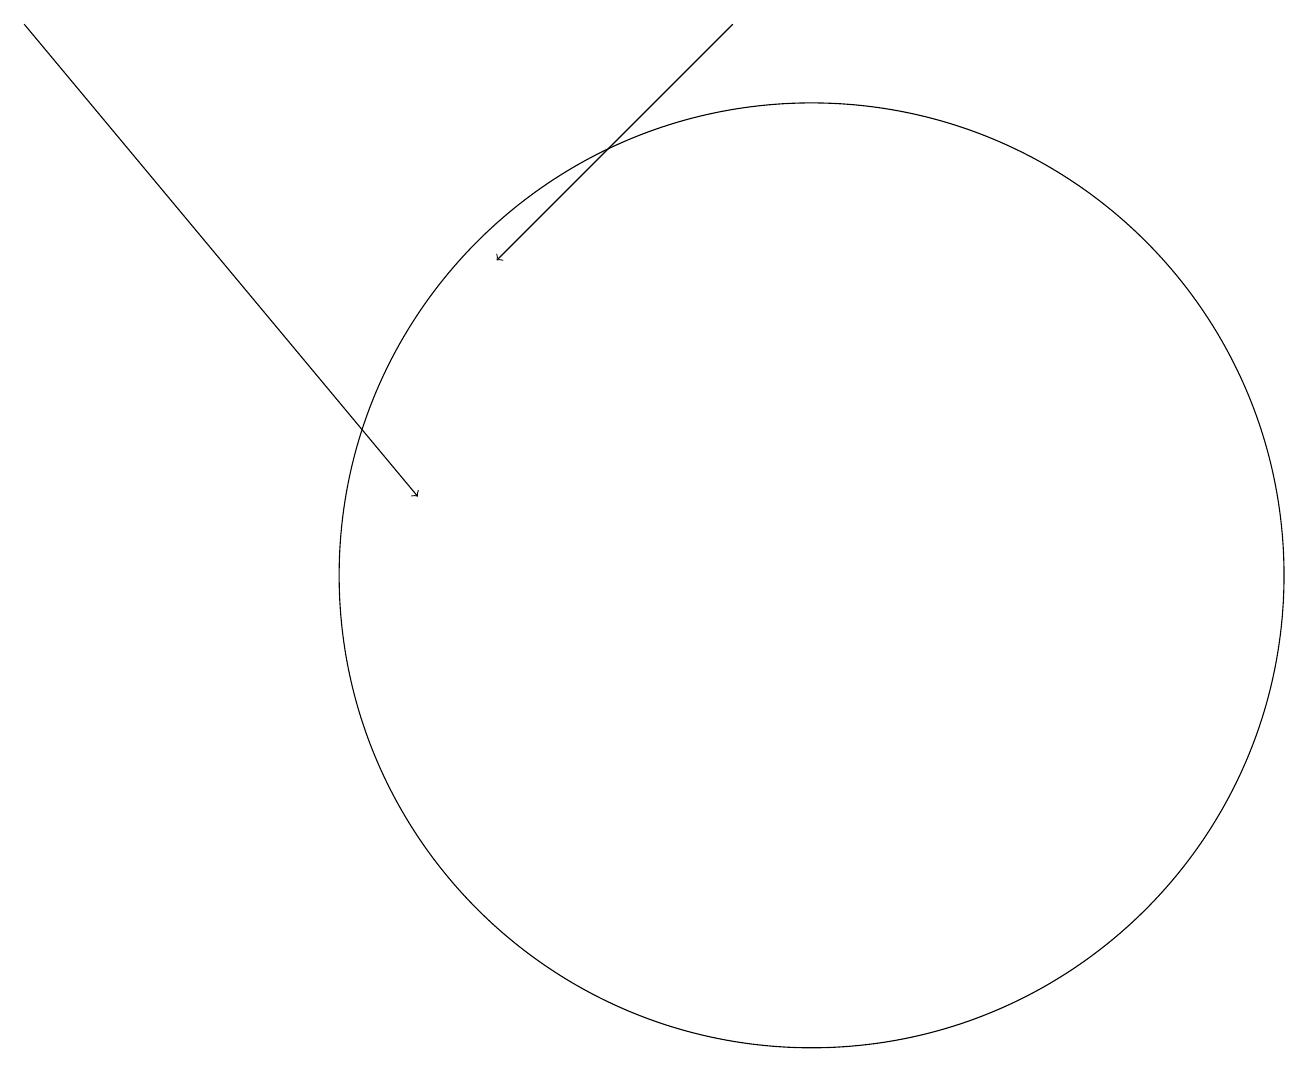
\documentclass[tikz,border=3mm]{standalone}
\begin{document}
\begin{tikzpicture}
\draw (10,10) circle (6);
\draw[->] (0,17) -- (5,11);
\draw[->] (9,17) -- (6,14);
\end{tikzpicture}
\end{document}